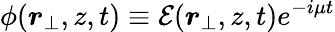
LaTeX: \phi({\boldsymbol{r}}_{\perp},z,t)\equiv\mathcal{E}({\boldsymbol{r}}_{\perp},z,t)e^{-i\mu t}